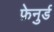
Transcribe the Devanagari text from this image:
फ़ेनुर्ड